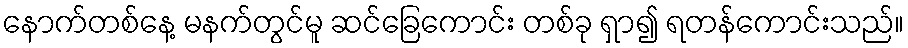
နောက်တစ်နေ့ မနက်တွင်မူ ဆင်ခြေကောင်း တစ်ခု ရှာ၍ ရတန်ကောင်းသည်။